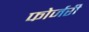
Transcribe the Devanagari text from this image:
फोर्जरी